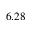
6 . 2 8